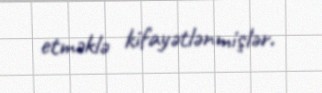
etməklə kifayətlənmişlər.